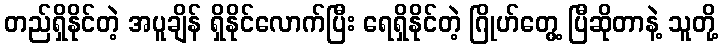
တည်ရှိနိုင်တဲ့ အပူချိန် ရှိနိုင်လောက်ပြီး ရေရှိနိုင်တဲ့ ဂြိုဟ်တွေ့ ပြီဆိုတာနဲ့ သူတို့